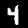
Label: 4